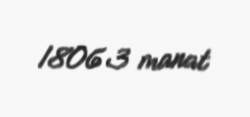
18063 manat